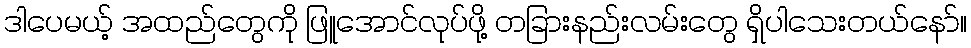
ဒါပေမယ့် အထည်တွေကို ဖြူအောင်လုပ်ဖို့ တခြားနည်းလမ်းတွေ ရှိပါသေးတယ်နော်။